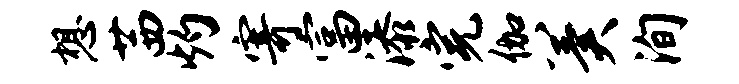
想茜灼寄富添完伽冀洵